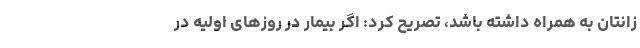
زانتان به همراه داشته باشد، تصریح کرد: اگر بیمار در روزهای اولیه در